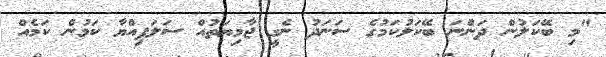
"މި ބޭކަލުން ދަންނަ ބޭކަލުކަމުގެ ސަނަދު ނެގީ ޖާމިޔަތުއް ސަލަފިއްޔާ ކަމުން ކަމެއް